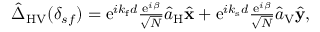
\begin{array} { r } { \hat { \Delta } _ { \mathrm { H V } } ( \delta _ { s f } ) = \mathrm { e } ^ { i k _ { \mathrm { f } } d } \frac { \mathrm { e } ^ { i \beta } } { \sqrt { N } } \hat { a } _ { \mathrm { H } } \hat { \bf x } + \mathrm { e } ^ { i k _ { \mathrm { s } } d } \frac { \mathrm { e } ^ { i \beta } } { \sqrt { N } } \hat { a } _ { \mathrm { V } } \hat { \bf y } , } \end{array}